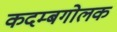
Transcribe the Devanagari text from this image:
कदम्बगोलक